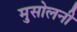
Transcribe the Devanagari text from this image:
मुसोलनी